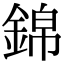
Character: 錦